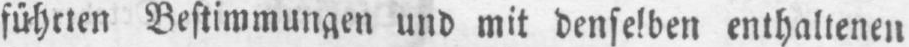
führten Bestimmungen und mit denselben enthaltenen